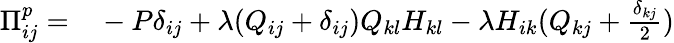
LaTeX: \begin{array}{rl}{\Pi_{ij}^{p}=}&{{}-P\delta_{ij}+\lambda(Q_{ij}+\delta_{ij})Q_{kl}H_{kl}-\lambda H_{ik}(Q_{kj}+\frac{\delta_{kj}}{2})}\end{array}